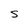
Character: S